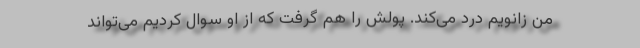
من زانویم درد می‌کند. پولش را هم گرفت که از او سوال کردیم می‌تواند